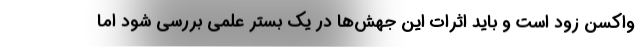
واکسن زود است و باید اثرات این جهش‌‌ها در یک بستر علمی بررسی شود اما